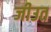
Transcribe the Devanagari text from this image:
जीउत